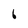
Character: 6